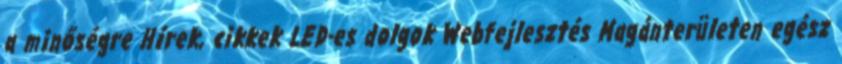
a minőségre Hírek, cikkek LED-es dolgok Webfejlesztés Magánterületen egész